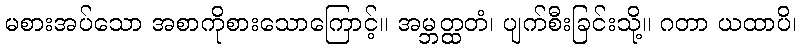
မစားအပ်သော အစာကိုစားသောကြောင့်။ အမ္ဘတ္ထတံ၊ ပျက်စီးခြင်းသို့။ ဂတာ ယထာပိ၊